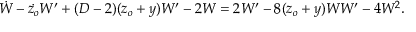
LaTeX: \dot { W } - \dot { z _ { o } } W ^ { \prime } + ( D - 2 ) ( z _ { o } + y ) W ^ { \prime } - 2 W = 2 W ^ { \prime } - 8 ( z _ { o } + y ) W W ^ { \prime } - 4 W ^ { 2 } .